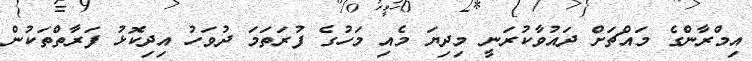
އިމްރާންގެ މައްޗަށް ދައުވާކުރަނީ މިދިޔަ މެއި މަހުގެ ފުރަތަމަ ދުވަހު އިދިކޮޅު ފަރާތްތަކުން